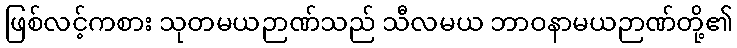
ဖြစ်လင့်ကစား သုတမယဉာဏ်သည် သီလမယ ဘာဝနာမယဉာဏ်တို့၏